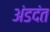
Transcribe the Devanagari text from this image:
अंडदंत